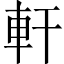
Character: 軒